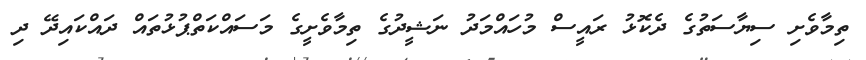
ތިމާވެށި ސިޔާސަތުގެ ދެކޮޅު ރައީސް މުހައްމަދު ނަޝީދުގެ ތިމާވެށީގެ މަސައްކަތްޕުޅުތައް ދައްކައިދޭ ދި